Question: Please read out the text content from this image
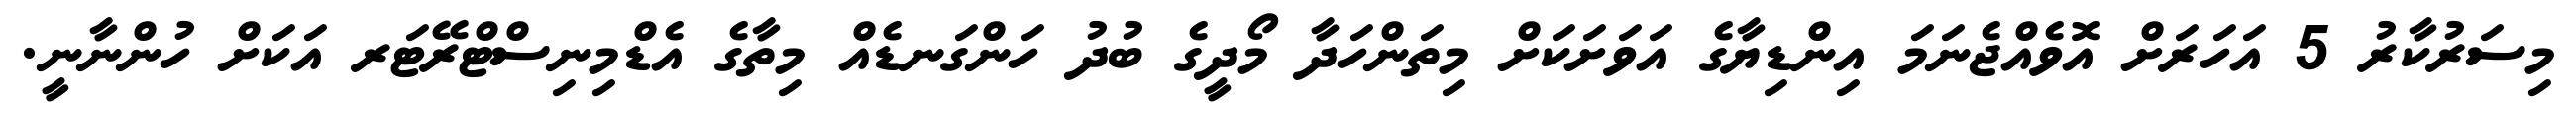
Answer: މިސަރުކާރު 5 އަހަރަށް އޮވެއްޖެނަމަ އިންޑިޔާގެ އަވަށަކަށް މިތަންހަދާ މޯދީގެ ބުދު ހަންގަނޑެއް މިތާގެ އެޑްމިނިސްޓްރޭޓަރ އަކަށް ހުންނާނީ.